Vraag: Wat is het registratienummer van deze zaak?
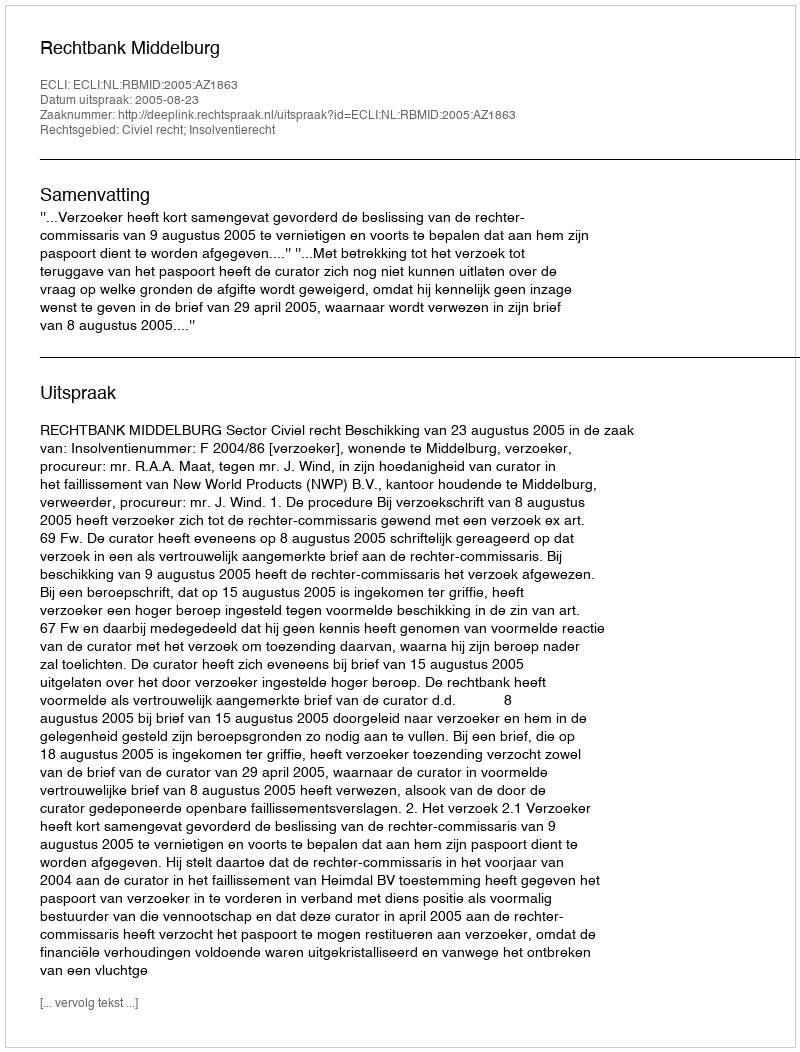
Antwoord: http://deeplink.rechtspraak.nl/uitspraak?id=ECLI:NL:RBMID:2005:AZ1863